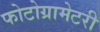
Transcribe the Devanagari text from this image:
फोटोग्रामेटरी